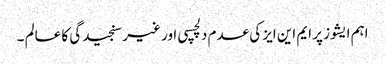
اہم ایشوز پر ایم این ایز کی عدم دلچسپی اور غیر سنجیدگی کا عالم ۔